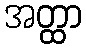
အတ္ထာ